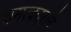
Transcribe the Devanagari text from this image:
चमत्काराने